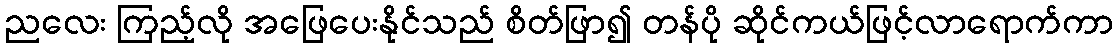
ညလေး ကြည့်လို အဖြေပေးနိုင်သည် စိတ်ဖြာ၍ တန်ပို ဆိုင်ကယ်ဖြင့်လာရောက်ကာ